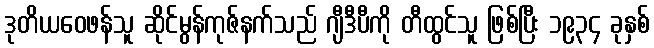
ဒုတိယဝေဖန်သူ ဆိုင်မွန်ကုဇ်နက်သည် ဂျီဒီပီကို တီထွင်သူ ဖြစ်ပြီး ၁၉၃၄ ခုနှစ်